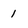
Character: 1